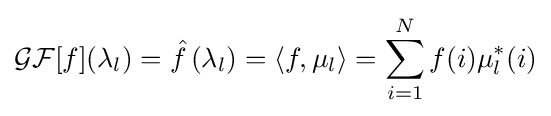
{\mathcal {GF}}[f](\lambda _{l})={\hat {f}}\left(\lambda _{l}\right)=\langle f,\mu _{l}\rangle =\sum _{i=1}^{N}f(i)\mu _{l}^{*}(i)